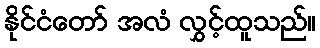
နိုင်ငံတော် အလံ လွှင့်ထူသည်။